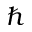
\hbar